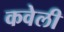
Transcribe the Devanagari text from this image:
कवेली